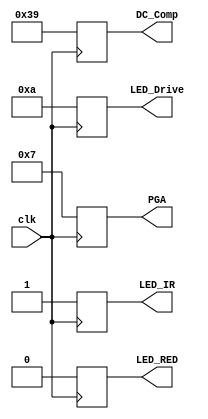

module Initial_Values (clk, LED_IR, LED_RED, DC_Comp, LED_Drive, PGA);

	input clk;
	output reg LED_IR, LED_RED;
	output reg [6:0] DC_Comp;
	output reg [3:0] LED_Drive, PGA;
	
	always@(posedge clk) begin
		LED_IR <= 1;
		LED_RED <= 0;
		DC_Comp <= 57;
		LED_Drive <= 10;
		PGA <= 7;
	end

endmodule